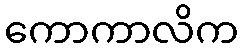
ကောကာလိက